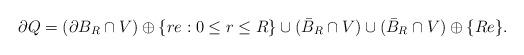
LaTeX: \begin{align*}\partial Q = (\partial B_R \cap V)\oplus \{re:0\leq r\leq R\} \cup (\bar{B}_R\cap V) \cup (\bar{B}_R\cap V)\oplus \{Re\}.\end{align*}